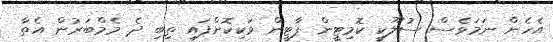
އެހެން ނަމަވެސް ސުލޫކީ ކޮމިޓީން ޕާޓީން ވަކިކޮށްފައި ތިބި ދެ މެމްބަރުން އެތާ